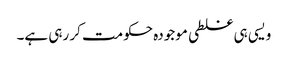
ویسی ہی غلطی موجودہ حکومت کر رہی ہے۔